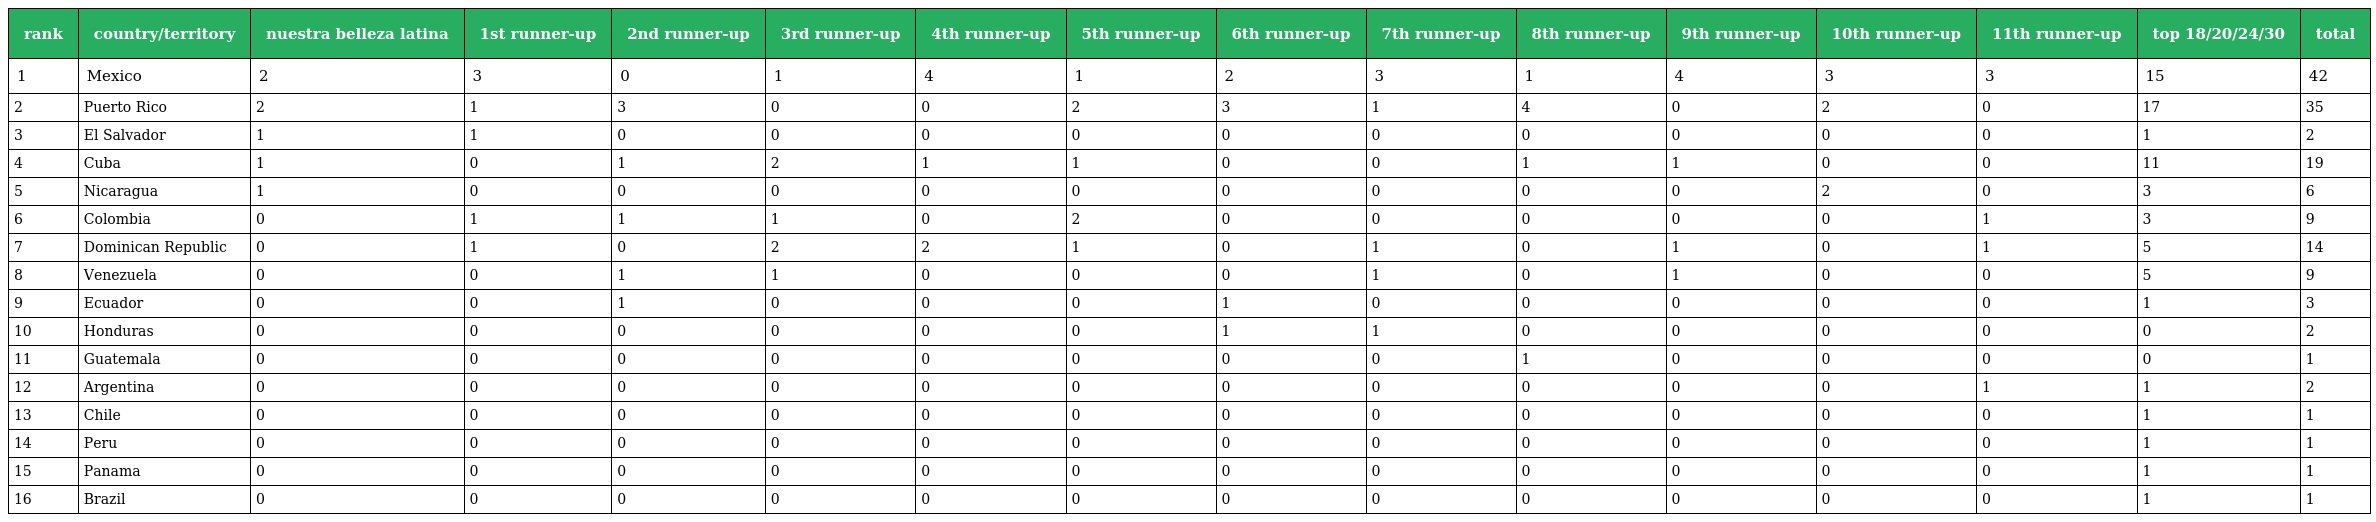
| rank | country/territory | nuestra belleza latina | 1st runner-up | 2nd runner-up | 3rd runner-up | 4th runner-up | 5th runner-up | 6th runner-up | 7th runner-up | 8th runner-up | 9th runner-up | 10th runner-up | 11th runner-up | top 18/20/24/30 | total |
 | --- | --- | --- | --- | --- | --- | --- | --- | --- | --- | --- | --- | --- | --- | --- | --- |
 | 1 | Mexico | 2 | 3 | 0 | 1 | 4 | 1 | 2 | 3 | 1 | 4 | 3 | 3 | 15 | 42 |
 | 2 | Puerto Rico | 2 | 1 | 3 | 0 | 0 | 2 | 3 | 1 | 4 | 0 | 2 | 0 | 17 | 35 |
 | 3 | El Salvador | 1 | 1 | 0 | 0 | 0 | 0 | 0 | 0 | 0 | 0 | 0 | 0 | 1 | 2 |
 | 4 | Cuba | 1 | 0 | 1 | 2 | 1 | 1 | 0 | 0 | 1 | 1 | 0 | 0 | 11 | 19 |
 | 5 | Nicaragua | 1 | 0 | 0 | 0 | 0 | 0 | 0 | 0 | 0 | 0 | 2 | 0 | 3 | 6 |
 | 6 | Colombia | 0 | 1 | 1 | 1 | 0 | 2 | 0 | 0 | 0 | 0 | 0 | 1 | 3 | 9 |
 | 7 | Dominican Republic | 0 | 1 | 0 | 2 | 2 | 1 | 0 | 1 | 0 | 1 | 0 | 1 | 5 | 14 |
 | 8 | Venezuela | 0 | 0 | 1 | 1 | 0 | 0 | 0 | 1 | 0 | 1 | 0 | 0 | 5 | 9 |
 | 9 | Ecuador | 0 | 0 | 1 | 0 | 0 | 0 | 1 | 0 | 0 | 0 | 0 | 0 | 1 | 3 |
 | 10 | Honduras | 0 | 0 | 0 | 0 | 0 | 0 | 1 | 1 | 0 | 0 | 0 | 0 | 0 | 2 |
 | 11 | Guatemala | 0 | 0 | 0 | 0 | 0 | 0 | 0 | 0 | 1 | 0 | 0 | 0 | 0 | 1 |
 | 12 | Argentina | 0 | 0 | 0 | 0 | 0 | 0 | 0 | 0 | 0 | 0 | 0 | 1 | 1 | 2 |
 | 13 | Chile | 0 | 0 | 0 | 0 | 0 | 0 | 0 | 0 | 0 | 0 | 0 | 0 | 1 | 1 |
 | 14 | Peru | 0 | 0 | 0 | 0 | 0 | 0 | 0 | 0 | 0 | 0 | 0 | 0 | 1 | 1 |
 | 15 | Panama | 0 | 0 | 0 | 0 | 0 | 0 | 0 | 0 | 0 | 0 | 0 | 0 | 1 | 1 |
 | 16 | Brazil | 0 | 0 | 0 | 0 | 0 | 0 | 0 | 0 | 0 | 0 | 0 | 0 | 1 | 1 |